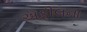
ઍફીલના